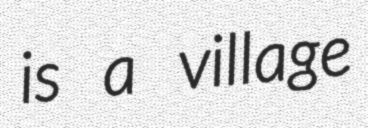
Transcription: is a village